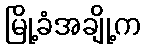
မြို့ခံအချို့က